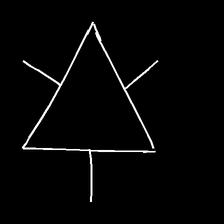
Glyph: fire